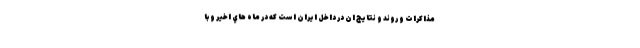
مذاكرات و روند و نتايج ان در داخل ايران است كه در ماه هاي اخير و با